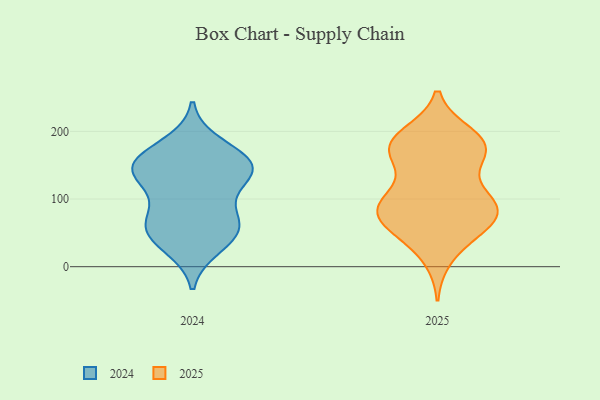
{"axis": {"x": "Production Output", "y": "Value"}, "legend": ["2024", "2025"], "data": [{"x": "", "y": 149, "type": "2024"}, {"x": "", "y": 43, "type": "2024"}, {"x": "", "y": 56, "type": "2024"}, {"x": "", "y": 158, "type": "2024"}, {"x": "", "y": 180, "type": "2024"}, {"x": "", "y": 146, "type": "2024"}, {"x": "", "y": 30, "type": "2024"}, {"x": "", "y": 72, "type": "2024"}, {"x": "", "y": 141, "type": "2024"}, {"x": "", "y": 137, "type": "2024"}, {"x": "", "y": 153, "type": "2024"}, {"x": "", "y": 119, "type": "2024"}, {"x": "", "y": 73, "type": "2024"}, {"x": "", "y": 57, "type": "2024"}, {"x": "", "y": 108, "type": "2025"}, {"x": "", "y": 183, "type": "2025"}, {"x": "", "y": 185, "type": "2025"}, {"x": "", "y": 183, "type": "2025"}, {"x": "", "y": 77, "type": "2025"}, {"x": "", "y": 173, "type": "2025"}, {"x": "", "y": 85, "type": "2025"}, {"x": "", "y": 99, "type": "2025"}, {"x": "", "y": 72, "type": "2025"}, {"x": "", "y": 97, "type": "2025"}, {"x": "", "y": 15, "type": "2025"}, {"x": "", "y": 165, "type": "2025"}, {"x": "", "y": 87, "type": "2025"}, {"x": "", "y": 194, "type": "2025"}, {"x": "", "y": 48, "type": "2025"}, {"x": "", "y": 86, "type": "2025"}, {"x": "", "y": 50, "type": "2025"}, {"x": "", "y": 158, "type": "2025"}, {"x": "", "y": 69, "type": "2025"}, {"x": "", "y": 175, "type": "2025"}]}